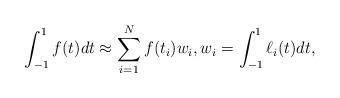
LaTeX: \begin{align*}\int_{-1}^{1} f(t) dt \approx \sum_{i=1}^{N} f(t_i) w_i, w_i = \int_{-1}^1 \ell_i(t)dt,\end{align*}